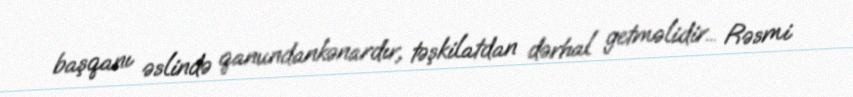
başqanı əslində qanundankənardır, təşkilatdan dərhal getməlidir... Rəsmi